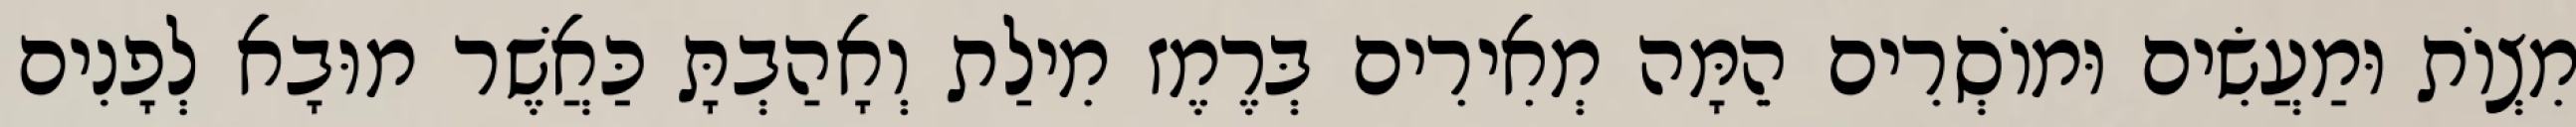
מִצְוֹת וּמַעֲשִׂים וּמוֹסְרִים הֵמָּה מְאִירִים בְּרֶמֶז מִילַת וְאָהַבְתָּ כַּאֲשֶׁר מוּבָא לְפָנִים